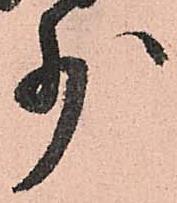
少